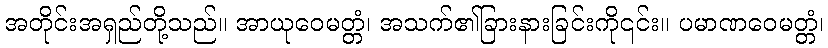
အတိုင်းအရှည်တို့သည်။ အာယုဝေမတ္တံ၊ အသက်၏ခြားနားခြင်းကို၎င်း။ ပမာဏဝေမတ္တံ၊